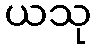
ယသု